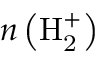
n \left( \mathrm { H _ { 2 } ^ { + } } \right)